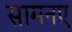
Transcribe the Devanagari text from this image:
सामनए